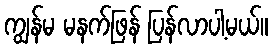
ကျွန်မ မနက်ဖြန် ပြန်လာပါ့မယ်။